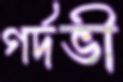
গর্দভী